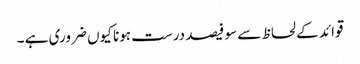
قوائد کے لحاظ سے سو فیصد درست ہونا کیوں ضروری ہے ۔